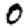
Digit: 0